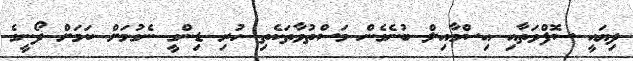
ދިޔައީ ސޮފްވަތާއި އިސްމާއިލް ބުނެގެން މަސްތުވާތަކެތި ހުރި ޑިންގީ ނެގުމަށް ކަމަށް ދޯނީގެ